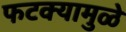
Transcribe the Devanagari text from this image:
फटक्यामुळे